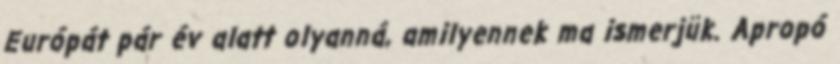
Európát pár év alatt olyanná, amilyennek ma ismerjük. Apropó